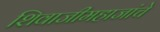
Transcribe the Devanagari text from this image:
शिवाजीमहाजांचे